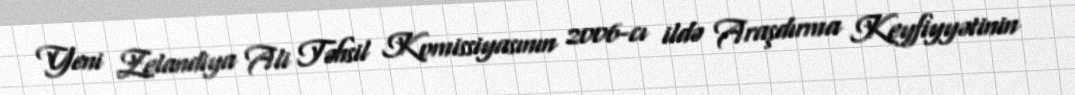
Yeni Zelandiya Ali Təhsil Komissiyasının 2006-cı ildə Araşdırma Keyfiyyətinin